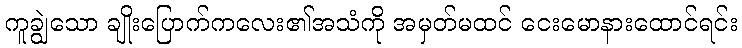
ကူချွဲသော ချိုးပြောက်ကလေး၏အသံကို အမှတ်မထင် ငေးမောနားထောင်ရင်း